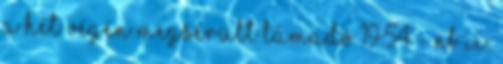
a hét végén megsérült támadó 19:54 - NB II: